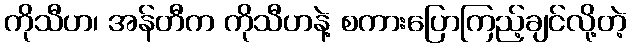
ကိုသီဟ၊ အန်တီက ကိုသီဟနဲ့ စကားပြောကြည့်ချင်လို့တဲ့